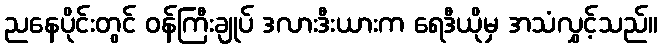
ညနေပိုင်းတွင် ဝန်ကြီးချုပ် ဒလားဒီးယားက ရေဒီယိုမှ အသံလွှင့်သည်။